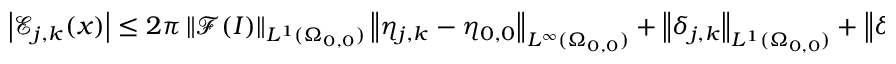
\begin{array} { r } { \left\vert \mathcal { E } _ { j , k } ( \boldsymbol { x } ) \right\vert \leq 2 \pi \left\| \mathcal { F } ( I ) \right\| _ { L ^ { 1 } ( \Omega _ { 0 , 0 } ) } \left\| \eta _ { j , k } - \eta _ { 0 , 0 } \right\| _ { L ^ { \infty } ( \Omega _ { 0 , 0 } ) } + \left\| \delta _ { j , k } \right\| _ { L ^ { 1 } ( \Omega _ { 0 , 0 } ) } + \left\| \delta _ { 0 , 0 } \right\| _ { L ^ { 1 } ( \Omega _ { 0 , 0 } ) } \, , } \end{array}